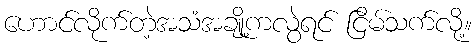
ဟောင်လိုက်တဲ့အသံအချို့ကလွဲရင် ငြိမ်သက်လို့။